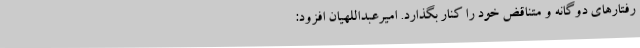
رفتارهای دوگانه و متناقض خود را کنار بگذارد. امیرعبداللهیان افزود: